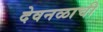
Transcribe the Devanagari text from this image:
देवनळाची